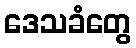
ဒေသခံတွေ